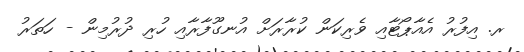
ރ. އިފުރު އެއާޕޯޓާއި ވެރިކަން ކުރާރަށް އުނގޫފާރާއި ހުރި ދުރުމިން - ހަތަރު